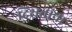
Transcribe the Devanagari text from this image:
दिसतांना